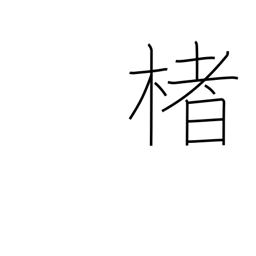
Meaning: paper mulberry